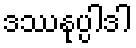
ဒဿနုပ္ပါဒါ